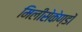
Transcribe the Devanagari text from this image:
मिलीसेकेण्डों